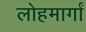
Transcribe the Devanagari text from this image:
लोहमार्गां